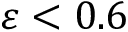
\varepsilon < 0 . 6